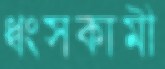
ধ্বংসকামী